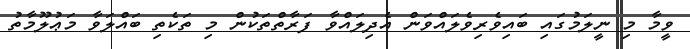
ވީމާ މި ނީލަމުގައި ބައިވެރިވެލައްވަން އެދިލައްވާ ފަރާތްތަކުން މި ތަކެތި ބައްލަވާ މަޢުލޫމާތު